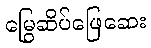
မြွေဆိပ်ဖြေဆေး